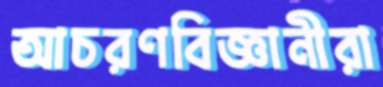
আচরণবিজ্ঞানীরা